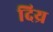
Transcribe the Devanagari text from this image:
दिय्र